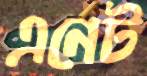
এনেট